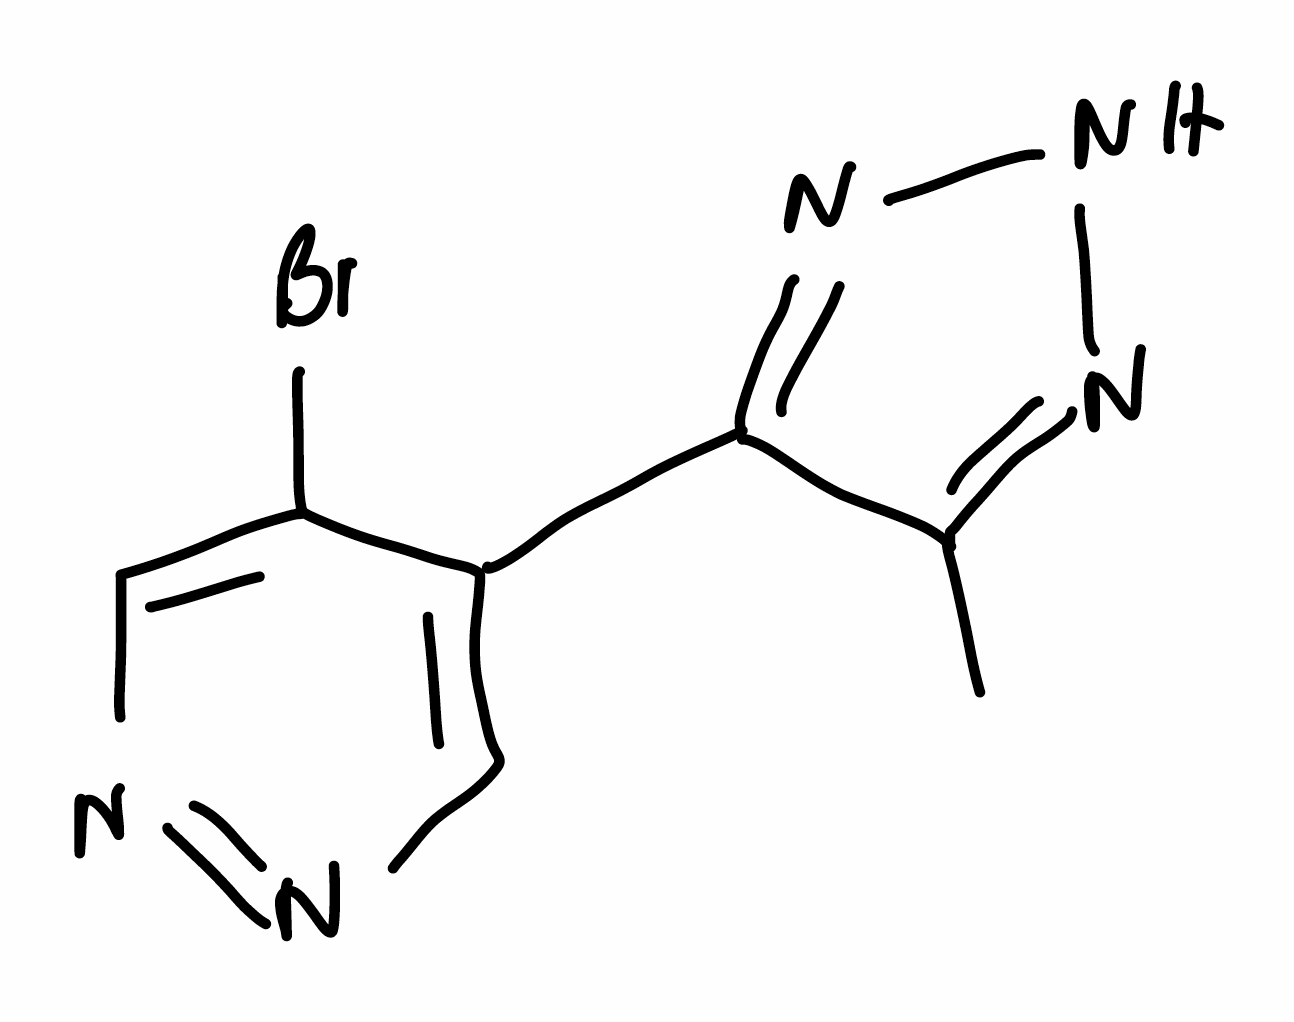
Simplified molecular-input line-entry system (SMILES) notation of the given molecule:
CC1=NNN=C1C2=CN=NC=C2Br